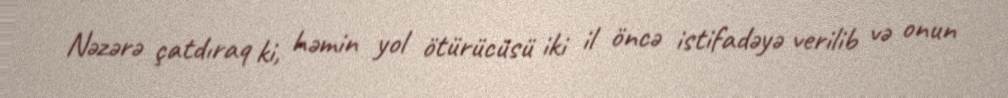
Nəzərə çatdıraq ki, həmin yol ötürücüsü iki il öncə istifadəyə verilib və onun